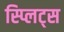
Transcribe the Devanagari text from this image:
स्प्लिट्स